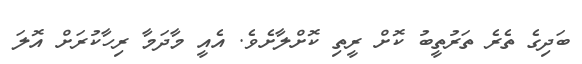
ބަދިގެ ތެރެ ތަރުތީބު ކޮށް ރީތި ކޮށްލާށެވެ. އެއީ މާދަމާ ރިހާކުރަށް އޮލަ